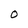
Character: O